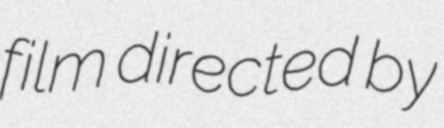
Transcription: film directed by